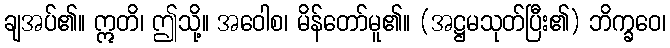
ချအပ်၏။ ဣတိ၊ ဤသို့။ အဝေါစ၊ မိန်တော်မူ၏။ (အဋ္ဌမသုတ်ပြီး၏) ဘိက္ခဝေ၊